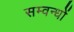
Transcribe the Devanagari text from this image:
सम्वन्धों